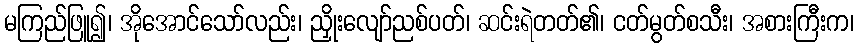
မကြည်ဖြူ၍၊ အိုအောင်သော်လည်း၊ ညှိုးလျော်ညစ်ပတ်၊ ဆင်းရဲတတ်၏၊ ငတ်မွတ်စသီး၊ အစားကြီးက၊